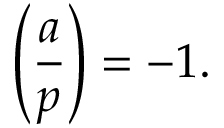
\left( { \frac { a } { p } } \right) = - 1 .